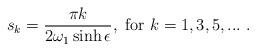
LaTeX: \begin{align*}s_k=\frac{\pi k}{2\omega_1 \sinh\epsilon},~{\rm for}~k=1,3,5,...~.\end{align*}